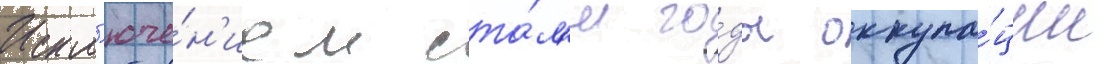
Искл'юче́н'ием ста́л'и го́ды оккупа́ции